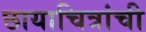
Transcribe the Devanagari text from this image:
छायाचित्रांची